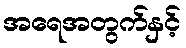
အရေအတွက်နှင့်